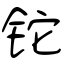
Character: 铊